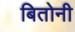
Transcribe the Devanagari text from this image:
बितोनी